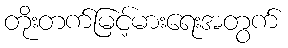
တိုးတက်မြင့်မားရေးအတွက်